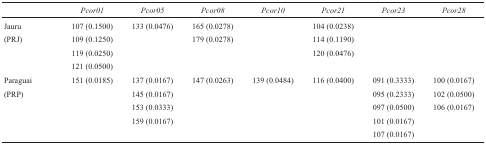
<table><thead><tr><td></td><td><b><i>Pcor01</i></b></td><td><b><i>Pcor05</i></b></td><td><b><i>Pcor08</i></b></td><td><b><i>Pcor10</i></b></td><td><b><i>Pcor21</i></b></td><td><b><i>Pcor23</i></b></td><td><b><i>Pcor28</i></b></td></tr></thead><tbody><tr><td> Jauru</td><td>107 (0.1500)</td><td>133 (0.0476)</td><td>165 (0.0278)</td><td></td><td>104 (0.0238)</td><td></td><td></td></tr><tr><td>(PRJ)</td><td>109 (0.1250)</td><td></td><td>179 (0.0278)</td><td></td><td>114 (0.1190)</td><td></td><td></td></tr><tr><td></td><td>119 (0.0250)</td><td></td><td></td><td></td><td>120 (0.0476)</td><td></td><td></td></tr><tr><td></td><td>121 (0.0500)</td><td></td><td></td><td></td><td></td><td></td><td></td></tr><tr><td>Paraguai</td><td>151 (0.0185)</td><td>137 (0.0167)</td><td>147 (0.0263)</td><td>139 (0.0484)</td><td>116 (0.0400)</td><td>091 (0.3333)</td><td>100 (0.0167)</td></tr><tr><td>(PRP)</td><td></td><td>145 (0.0167)</td><td></td><td></td><td></td><td>095 (0.2333)</td><td>102 (0.0500)</td></tr><tr><td></td><td></td><td>153 (0.0333)</td><td></td><td></td><td></td><td>097 (0.0500)</td><td>106 (0.0167)</td></tr><tr><td></td><td></td><td>159 (0.0167)</td><td></td><td></td><td></td><td>101 (0.0167)</td><td></td></tr><tr><td></td><td></td><td></td><td></td><td></td><td></td><td>107 (0.0167)</td><td></td></tr></tbody></table>